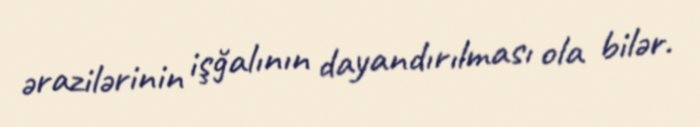
ərazilərinin işğalının dayandırılması ola bilər.